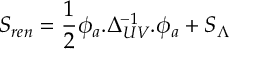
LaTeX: S _ { r e n } = \frac { 1 } { 2 } \phi _ { a } . \Delta _ { U V } ^ { - 1 } . \phi _ { a } + S _ { \Lambda }